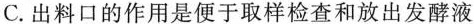
C.出料口的作用是便于取样检查和放出发酵液